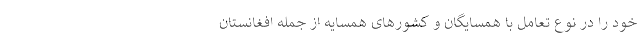
خود را در نوع تعامل با همسایگان و کشورهای همسایه از جمله افغانستان